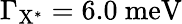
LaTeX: \Gamma_{\mathrm{{X^{*}}}}=6.0~\mathrm{{meV}}